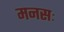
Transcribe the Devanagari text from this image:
मनसः